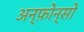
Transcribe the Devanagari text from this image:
अन्फ़ोन्सो